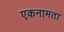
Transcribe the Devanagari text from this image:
एकनामता